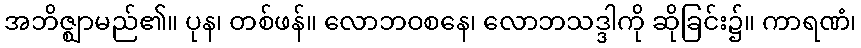
အဘိဇ္ဈာမည်၏။ ပုန၊ တစ်ဖန်။ လောဘဝစနေ၊ လောဘသဒ္ဒါကို ဆိုခြင်း၌။ ကာရဏံ၊